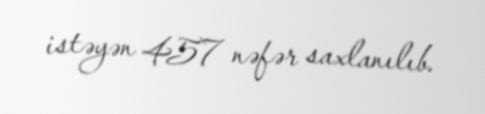
istəyən 457 nəfər saxlanılıb.